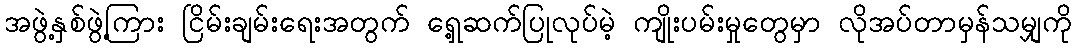
အဖွဲ့နှစ်ဖွဲ့ကြား ငြိမ်းချမ်းရေးအတွက် ရှေ့ဆက်ပြုလုပ်မဲ့ ကျိုးပမ်းမှုတွေမှာ လိုအပ်တာမှန်သမျှကို